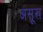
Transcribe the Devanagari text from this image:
असूख